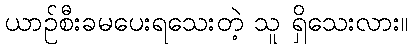
ယာဉ်စီးခမပေးရသေးတဲ့ သူ ရှိသေးလား။